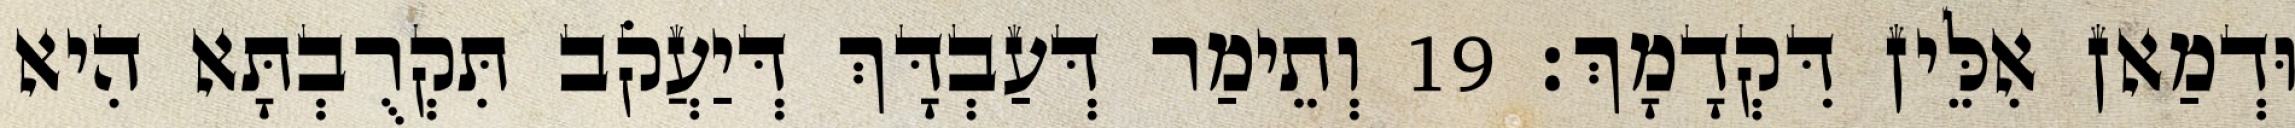
וּדְמַאן אִלֵּין דִּקְדָמָךְ׃ 19 וְתֵימַר דְּעַבְדָּךְ דְּיַעֲקֹב תִּקְרֻבְתָּא הִיא